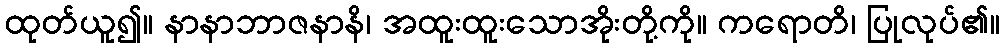
ထုတ်ယူ၍။ နာနာဘာဇနာနိ၊ အထူးထူးသောအိုးတို့ကို။ ကရောတိ၊ ပြုလုပ်၏။